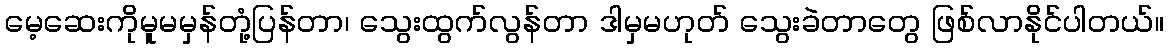
မေ့ဆေးကိုမူမမှန်တုံ့ပြန်တာ၊ သွေးထွက်လွန်တာ ဒါမှမဟုတ် သွေးခဲတာတွေ ဖြစ်လာနိုင်ပါတယ်။